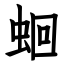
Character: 蛔